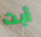
أبت